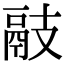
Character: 䰙